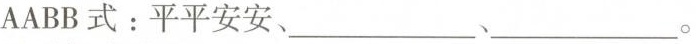
AABB式：平平安安、___，___。